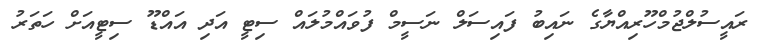
ރައީސުލްޖުމްހޫރިއްޔާގެ ނައިބު ފައިސަލް ނަސީމް ފުވައްމުލައް ސިޓީ އަދި އައްޑޫ ސިޓީއަށް ހަތަރު